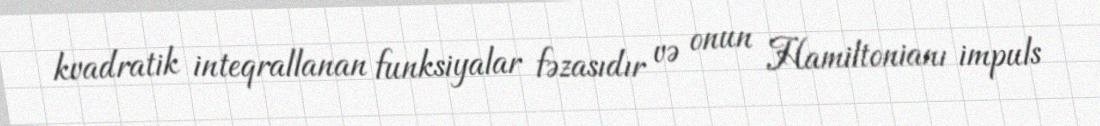
kvadratik inteqrallanan funksiyalar fəzasıdır və onun Hamiltonianı impuls